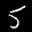
Label: 5